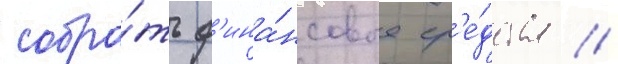
собра́ть ф'ина́нсовые ср'е́дства //